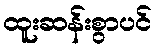
ထူးဆန်းစွာပင်